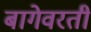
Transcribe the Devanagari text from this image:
बागेवरती